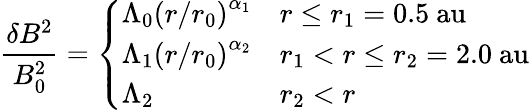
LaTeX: \frac{\delta B^{2}}{B_{0}^{2}}=\left\{ \begin{array}{ll}{\Lambda_{0}\left(r/r_{0}\right)^{\alpha_{1}}}&{r\leq r_{1}=0.5\mathrm{~au}}\\ {\Lambda_{1}\left(r/r_{0}\right)^{\alpha_{2}}}&{r_{1}<r\leq r_{2}=2.0\mathrm{~au}}\\ {\Lambda_{2}}&{r_{2}<r}\end{array}\right.